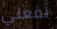
تفعلي